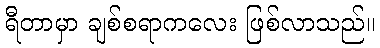
ရီတာမှာ ချစ်စရာကလေး ဖြစ်လာသည်။